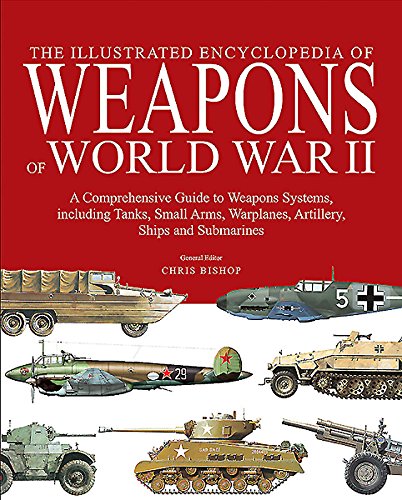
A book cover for The Encyclopedia of Weapons of World War II: The Comprehensive Guide to over 1500 Weapons Systems, including Tanks, Small Arms, Warplanes, Artillery, Ships and Submarines; Chris Bishop; History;